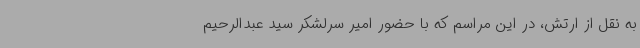
به نقل از ارتش، در این مراسم که با حضور امیر سرلشکر سید عبدالرحیم